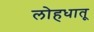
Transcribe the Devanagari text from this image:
लोहधातू